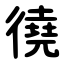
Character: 徺